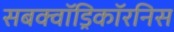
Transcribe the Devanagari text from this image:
सबक्वॉड्रिकॉरनिस